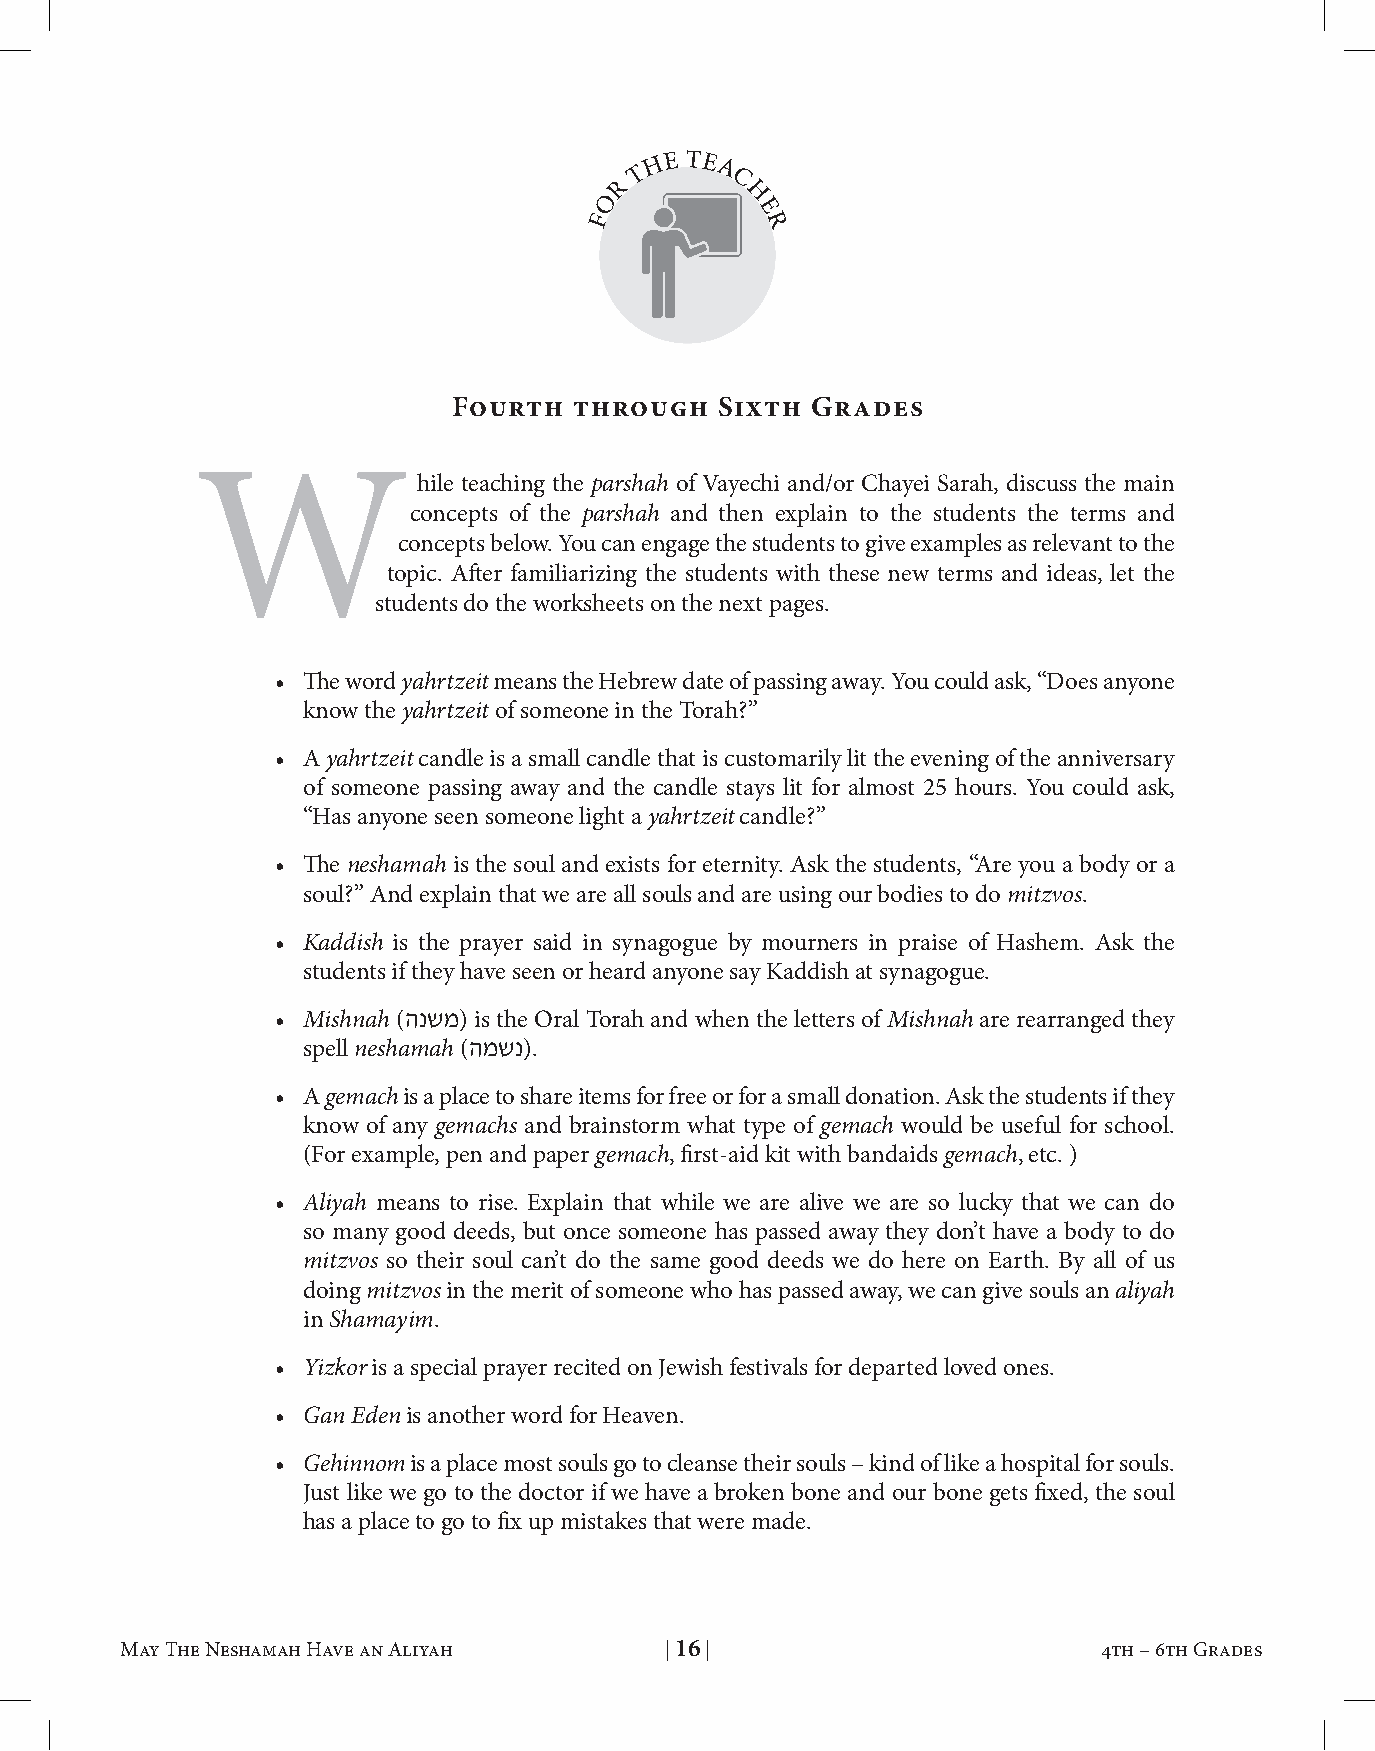
h e te
 t    a
 r      c
 o        h
 F          e
 r
 Fourth  through  sixth  Grades
 W              hile teaching the parshah of Vayechi and/or Chayei Sarah, discuss the main
 concepts of the parshah and then explain to the students the terms and
 concepts below. You can engage the students to give examples as relevant to the
 topic. After familiarizing the students with these new terms and ideas, let the
 students do the worksheets on the next pages.
 • The word yahrtzeit means the Hebrew date of passing away. You could ask, “Does anyone
 know the yahrtzeit of someone in the Torah?”
 • A yahrtzeit candle is a small candle that is customarily lit the evening of the anniversary
 of someone passing away and the candle stays lit for almost 25 hours. You could ask,
 “Has anyone seen someone light a yahrtzeit candle?”
 • The neshamah is the soul and exists for eternity. Ask the students, “Are you a body or a
 soul?” And explain that we are all souls and are using our bodies to do mitzvos.
 • Kaddish is the prayer said in synagogue by mourners in praise of Hashem. Ask the
 students if they have seen or heard anyone say Kaddish at synagogue.
 • Mishnah (הנשמ) is the Oral Torah and when the letters of Mishnah are rearranged they
 spell neshamah (המשנ).
 • A gemach is a place to share items for free or for a small donation. Ask the students if they
 know of any gemachs and brainstorm what type of gemach would be useful for school.
 (For example, pen and paper gemach, first-aid kit with bandaids gemach, etc. )
 • Aliyah means to rise. Explain that while we are alive we are so lucky that we can do
 so many good deeds, but once someone has passed away they don’t have a body to do
 mitzvos so their soul can’t do the same good deeds we do here on Earth. By all of us
 doing mitzvos in the merit of someone who has passed away, we can give souls an aliyah
 in Shamayim.
 • Yizkor is a special prayer recited on Jewish festivals for departed loved ones.
 • Gan Eden is another word for Heaven.
 • Gehinnom is a place most souls go to cleanse their souls – kind of like a hospital for souls.
 Just like we go to the doctor if we have a broken bone and our bone gets fixed, the soul
 has a place to go to fix up mistakes that were made.
 May The Neshamah Have an Aliyah | 15 | 4th – 6th Grades May The Neshamah Have an Aliyah | 16 | 4th – 6th Grades